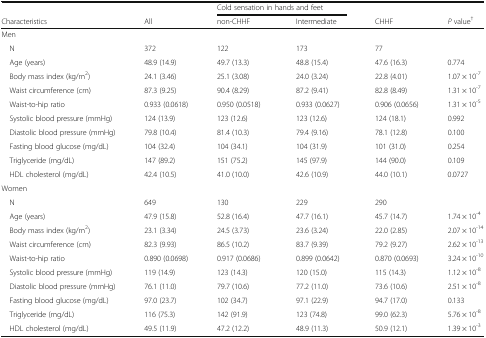
<table><thead><tr><td></td><td></td><td colspan="2"><b>Cold sensation in hands and feet</b></td><td></td><td></td></tr><tr><td><b>Characteristics</b></td><td><b>All</b></td><td><b>non-CHHF</b></td><td><b>Intermediate</b></td><td><b>CHHF</b></td><td><b><i>P</i> value<sup>†</sup></b></td></tr></thead><tbody><tr><td colspan="6">Men</td></tr><tr><td> N</td><td>372</td><td>122</td><td>173</td><td>77</td><td></td></tr><tr><td> Age (years)</td><td>48.9 (14.9)</td><td>49.7 (13.3)</td><td>48.8 (15.4)</td><td>47.6 (16.3)</td><td>0.774</td></tr><tr><td> Body mass index (kg/m<sup>2</sup>)</td><td>24.1 (3.46)</td><td>25.1 (3.08)</td><td>24.0 (3.24)</td><td>22.8 (4.01)</td><td>1.07 × 10<sup>-7</sup></td></tr><tr><td> Waist circumference (cm)</td><td>87.3 (9.25)</td><td>90.4 (8.29)</td><td>87.2 (9.41)</td><td>82.8 (8.49)</td><td>1.31 × 10<sup>-7</sup></td></tr><tr><td> Waist-to-hip ratio</td><td>0.933 (0.0618)</td><td>0.950 (0.0518)</td><td>0.933 (0.0627)</td><td>0.906 (0.0656)</td><td>1.31 × 10<sup>-5</sup></td></tr><tr><td> Systolic blood pressure (mmHg)</td><td>124 (13.9)</td><td>123 (12.6)</td><td>123 (12.6)</td><td>124 (18.1)</td><td>0.992</td></tr><tr><td> Diastolic blood pressure (mmHg)</td><td>79.8 (10.4)</td><td>81.4 (10.3)</td><td>79.4 (9.16)</td><td>78.1 (12.8)</td><td>0.100</td></tr><tr><td> Fasting blood glucose (mg/dL)</td><td>104 (32.4)</td><td>104 (34.1)</td><td>104 (31.9)</td><td>101 (31.0)</td><td>0.254</td></tr><tr><td> Triglyceride (mg/dL)</td><td>147 (89.2)</td><td>151 (75.2)</td><td>145 (97.9)</td><td>144 (90.0)</td><td>0.109</td></tr><tr><td> HDL cholesterol (mg/dL)</td><td>42.4 (10.5)</td><td>41.0 (10.0)</td><td>42.6 (10.9)</td><td>44.0 (10.1)</td><td>0.0727</td></tr><tr><td colspan="6">Women</td></tr><tr><td> N</td><td>649</td><td>130</td><td>229</td><td>290</td><td></td></tr><tr><td> Age (years)</td><td>47.9 (15.8)</td><td>52.8 (16.4)</td><td>47.7 (16.1)</td><td>45.7 (14.7)</td><td>1.74 × 10<sup>-4</sup></td></tr><tr><td> Body mass index (kg/m<sup>2</sup>)</td><td>23.1 (3.34)</td><td>24.5 (3.73)</td><td>23.6 (3.24)</td><td>22.0 (2.85)</td><td>2.07 × 10<sup>-14</sup></td></tr><tr><td> Waist circumference (cm)</td><td>82.3 (9.93)</td><td>86.5 (10.2)</td><td>83.7 (9.39)</td><td>79.2 (9.27)</td><td>2.62 × 10<sup>-13</sup></td></tr><tr><td> Waist-to-hip ratio</td><td>0.890 (0.0698)</td><td>0.917 (0.0686)</td><td>0.899 (0.0642)</td><td>0.870 (0.0693)</td><td>3.24 × 10<sup>-10</sup></td></tr><tr><td> Systolic blood pressure (mmHg)</td><td>119 (14.9)</td><td>123 (14.3)</td><td>120 (15.0)</td><td>115 (14.3)</td><td>1.12 × 10<sup>-8</sup></td></tr><tr><td> Diastolic blood pressure (mmHg)</td><td>76.1 (11.0)</td><td>79.7 (10.6)</td><td>77.2 (11.0)</td><td>73.6 (10.6)</td><td>2.51 × 10<sup>-8</sup></td></tr><tr><td> Fasting blood glucose (mg/dL)</td><td>97.0 (23.7)</td><td>102 (34.7)</td><td>97.1 (22.9)</td><td>94.7 (17.0)</td><td>0.133</td></tr><tr><td> Triglyceride (mg/dL)</td><td>116 (75.3)</td><td>142 (91.9)</td><td>123 (74.8)</td><td>99.0 (62.3)</td><td>5.76 × 10<sup>-8</sup></td></tr><tr><td> HDL cholesterol (mg/dL)</td><td>49.5 (11.9)</td><td>47.2 (12.2)</td><td>48.9 (11.3)</td><td>50.9 (12.1)</td><td>1.39 × 10<sup>-3</sup></td></tr></tbody></table>